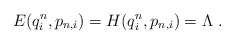
\begin{align*}E(q^n_i,p_{n,i})=H(q^n_i,p_{n,i})=\Lambda\ .\end{align*}